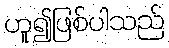
ဟူ၍ဖြစ်ပါသည်